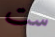
ست